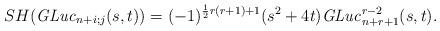
LaTeX: \begin{align*} SH({\it GLuc}_{n+i;j}(s,t))=(-1)^{ \frac{1}{2} r (r+1) +1} (s^2 +4t) {\it GLuc}_{n+r+1}^{r-2} (s,t). \end{align*}